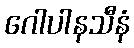
ဂေါပါနသီနံ